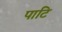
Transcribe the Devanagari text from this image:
पाटि